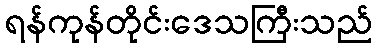
ရန်ကုန်တိုင်းဒေသကြီးသည်